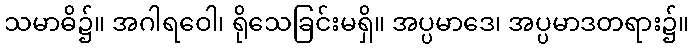
သမာဓိ၌။ အဂါရဝေါ၊ ရိုသေခြင်းမရှိ။ အပ္ပမာဒေ၊ အပ္ပမာဒတရား၌။